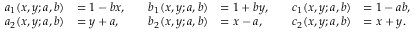
\begin{array} { r l } { a _ { 1 } ( x , y ; a , b ) } & { = 1 - b x , } \\ { a _ { 2 } ( x , y ; a , b ) } & { = y + a , } \end{array} \quad \begin{array} { r l } { b _ { 1 } ( x , y ; a , b ) } & { = 1 + b y , } \\ { b _ { 2 } ( x , y ; a , b ) } & { = x - a , } \end{array} \quad \begin{array} { r l } { c _ { 1 } ( x , y ; a , b ) } & { = 1 - a b , } \\ { c _ { 2 } ( x , y ; a , b ) } & { = x + y . } \end{array}